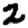
Digit: 2